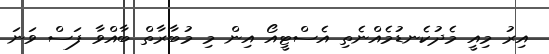
އިރު މިއީ މެދުކެނޑުމެއްނެތި އެސްޓީއޯ އިން މި މުބާރާތް ބާއްވާ ފަސް ވަނަ